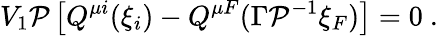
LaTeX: V_{1}{\cal P}\left[Q^{\mu i}(\xi_{i})-Q^{\mu F}(\Gamma{\cal P}^{-1}\xi_{F})\right]=0\ .